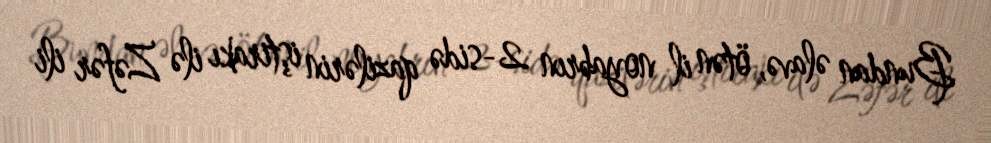
Bundan əlavə, ötən il noyabrın 2-sidə qazilərin iştirakı ilə Zəfər ili